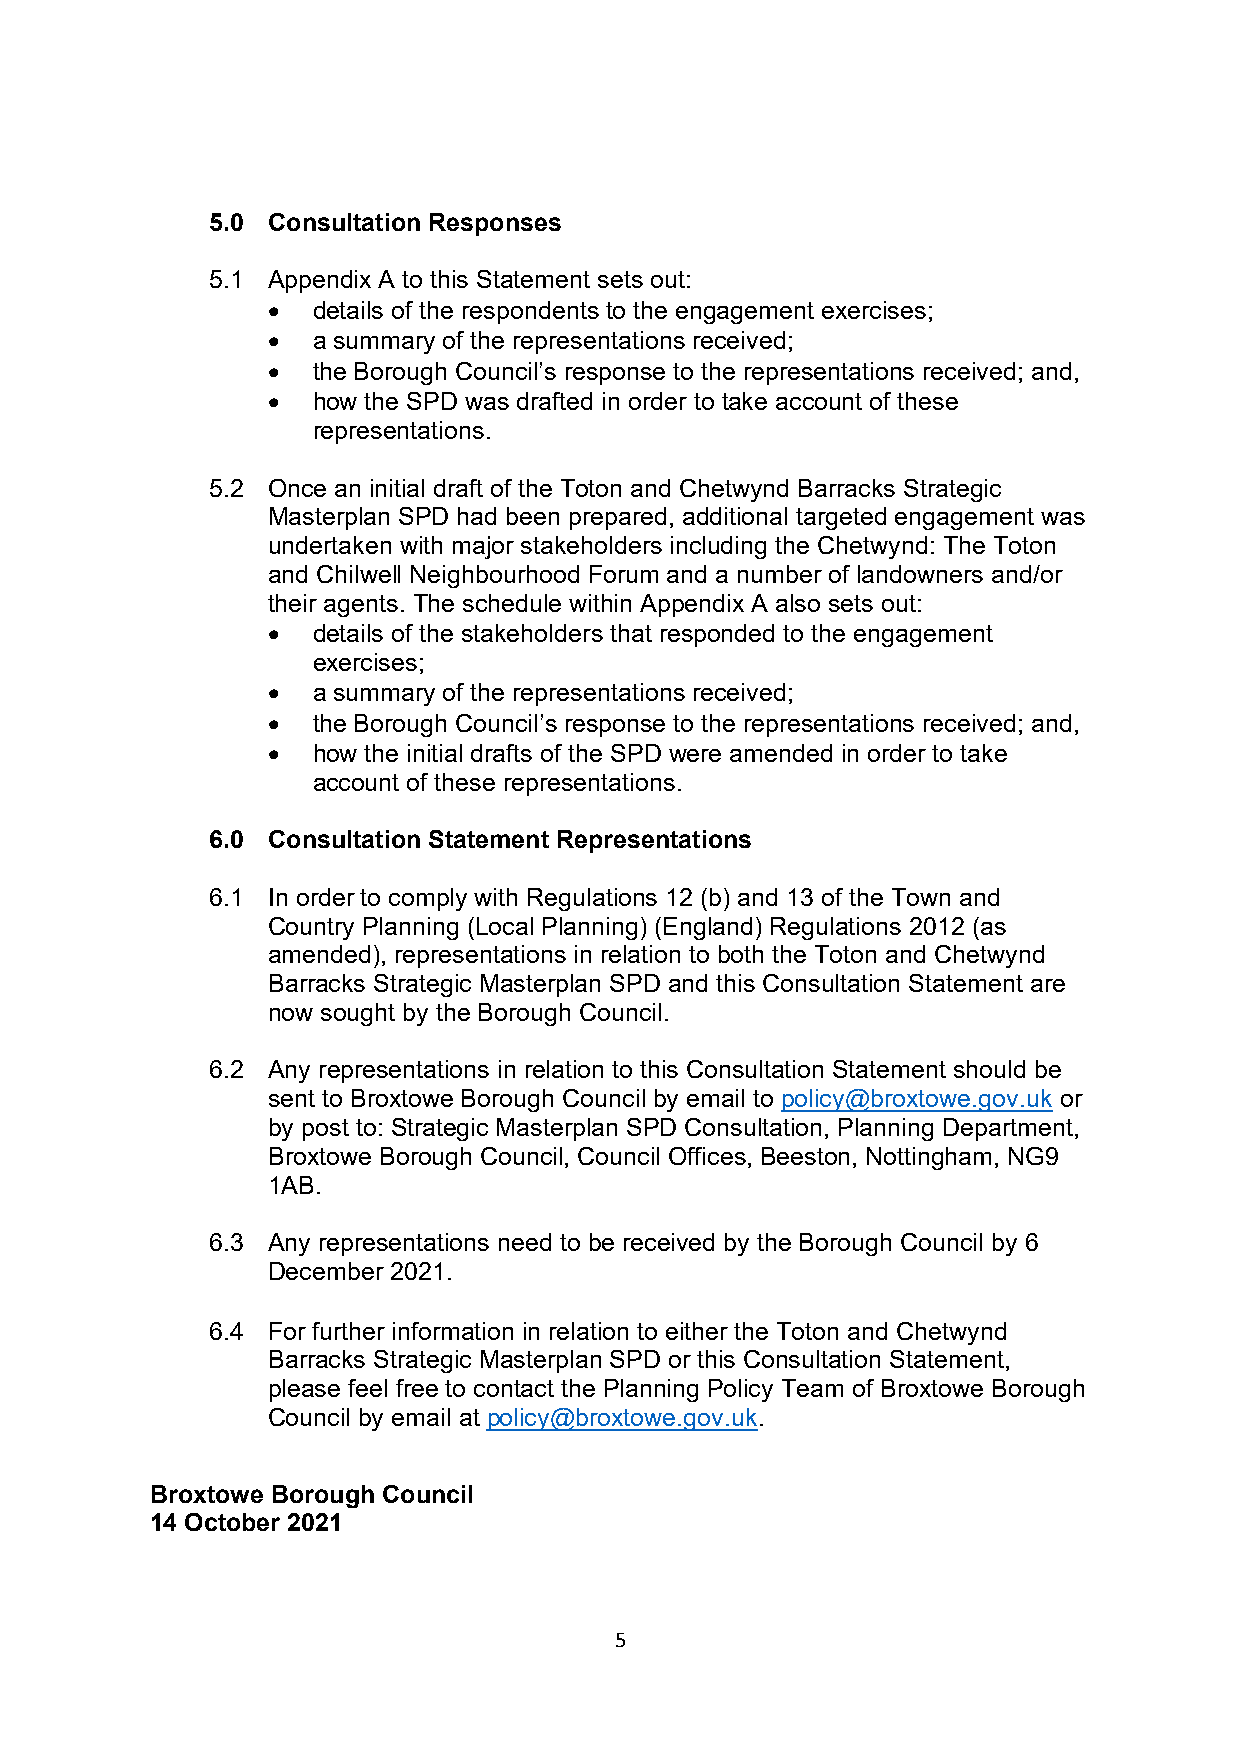
5.0 Consultation Responses
 5.1 Appendix A to this Statement sets out:
 •  details of the respondents to the engagement exercises;
 •  a summary of the representations received;
 •  the Borough Council’s response to the representations received; and,
 •  how the SPD was drafted in order to take account of these
 representations.
 5.2 Once an initial draft of the Toton and Chetwynd Barracks Strategic
 Masterplan SPD had been prepared, additional targeted engagement was
 undertaken with major stakeholders including the Chetwynd: The Toton
 and Chilwell Neighbourhood Forum and a number of landowners and/or
 their agents. The schedule within Appendix A also sets out:
 •  details of the stakeholders that responded to the engagement
 exercises;
 •  a summary of the representations received;
 •  the Borough Council’s response to the representations received; and,
 •  how the initial drafts of the SPD were amended in order to take
 account of these representations.
 6.0 Consultation Statement Representations
 6.1 In order to comply with Regulations 12 (b) and 13 of the Town and
 Country Planning (Local Planning) (England) Regulations 2012 (as
 amended), representations in relation to both the Toton and Chetwynd
 Barracks Strategic Masterplan SPD and this Consultation Statement are
 now sought by the Borough Council.
 6.2 Any representations in relation to this Consultation Statement should be
 sent to Broxtowe Borough Council by email to policy@broxtowe.gov.uk or
 by post to: Strategic Masterplan SPD Consultation, Planning Department,
 Broxtowe Borough Council, Council Offices, Beeston, Nottingham, NG9
 1AB.
 6.3 Any representations need to be received by the Borough Council by 6
 December 2021.
 6.4 For further information in relation to either the Toton and Chetwynd
 Barracks Strategic Masterplan SPD or this Consultation Statement,
 please feel free to contact the Planning Policy Team of Broxtowe Borough
 Council by email at policy@broxtowe.gov.uk.
 Broxtowe Borough Council
 14 October 2021
 5